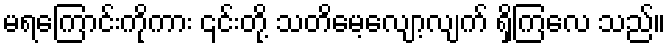
မရကြောင်းကိုကား ၎င်းတို့ သတိမေ့လျော့လျက် ရှိကြလေ သည်။